Scottish Leaving Certificate Examination, 1960
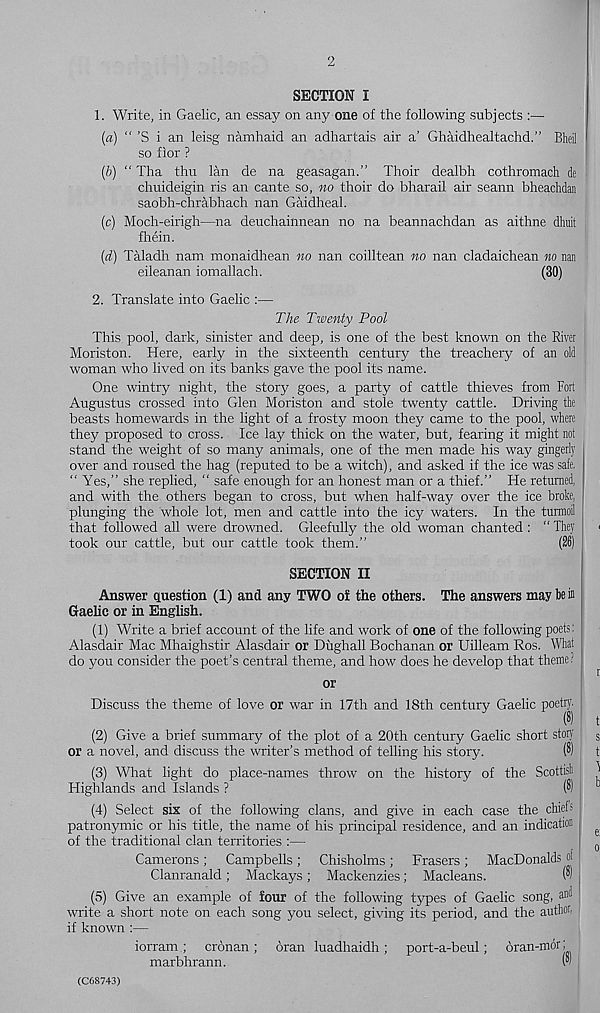
2
SECTION I
1. Write, in Gaelic, an essay on any one of the following subjects :—
(a) “ ’S i an leisg namhaid an adhartais air a’ Ghaidhealtachd.” Bheil
so fior ?
(b) “ Tha thu lan de na geasagan.” Thoir dealbh cothromach de
chuideigin ris an cante so, mo thoir do bharail air seann bheaclidan
saobh-chrabhach nan Gaidheal.
(c) Moch-eirigh—na deuchainnean no na beannachdan as aithne dhuit
fhein.
(d) Taladh nam monaidhean no nan coilltean no nan cladaichean no nan
eileanan iomallach.
(30)
2. Translate into Gaelic :—
The Twenty Pool
This pool, dark, sinister and deep, is one of the best known on the River
Moriston. Here, early in the sixteenth century the treachery of an old
woman who lived on its banks gave the pool its name.
One wintry night, the story goes, a party of cattle thieves from Fort
Augustus crossed into Glen Moriston and stole twenty cattle. Driving the
beasts homewards in the light of a frosty moon they came to the pool, where
they proposed to cross. Ice lay thick on the water, but, fearing it might not
stand the weight of so many animals, one of the men made his way gingerly
over and roused the hag (reputed to be a witch), and asked if the ice was safe.
“ Yes,” she replied, “ safe enough for an honest man or a thief.” He returned,
and with the others began to cross, but when half-way over the ice broke,
plunging the whole lot, men and cattle into the icy waters. In the turmoil
that followed all were drowned. Gleefully the old woman chanted : “ They
took our cattle, but our cattle took them.”
(26)
SECTION II
Answer question (1) and any TWO of the others. The answers may be in
Gaelic or in English.
(1) Write a brief account of the life and work of one of the following poets:
Alasdair Mac Mhaighstir Alasdair or Dughall Bochanan or Uilleam Ros. What
do you consider the poet’s central theme, and how does he develop that theme?
or
Discuss the theme of love or war in 17th and 18th century Gaelic poetry.
(8)
(2) Give a brief summary of the plot of a 20th century Gaelic short story
or a novel, and discuss the writer’s method of telling his story.
$)
(3) What light do place-names throw on the history of the Scottisli
Highlands and Islands ?
(8)
(4) Select six of the following clans, and give in each case the chiefs
patronymic or his title, the name of his principal residence, and an indication
of the traditional clan territories :—
Camerons; Campbells; Chisholms; Frasers; MacDonalds of
Clanranald; Mackays; Mackenzies; Macleans.
(5) Give an example of four of the following types of Gaelic song, ani |
write a short note on each song you select, giving its period, and the author,
if known :—
iorram ; cronan ; oran luadhaidh ; port-a-beul; oran-mor;
marbhrann.
(C68743)